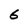
Character: 6